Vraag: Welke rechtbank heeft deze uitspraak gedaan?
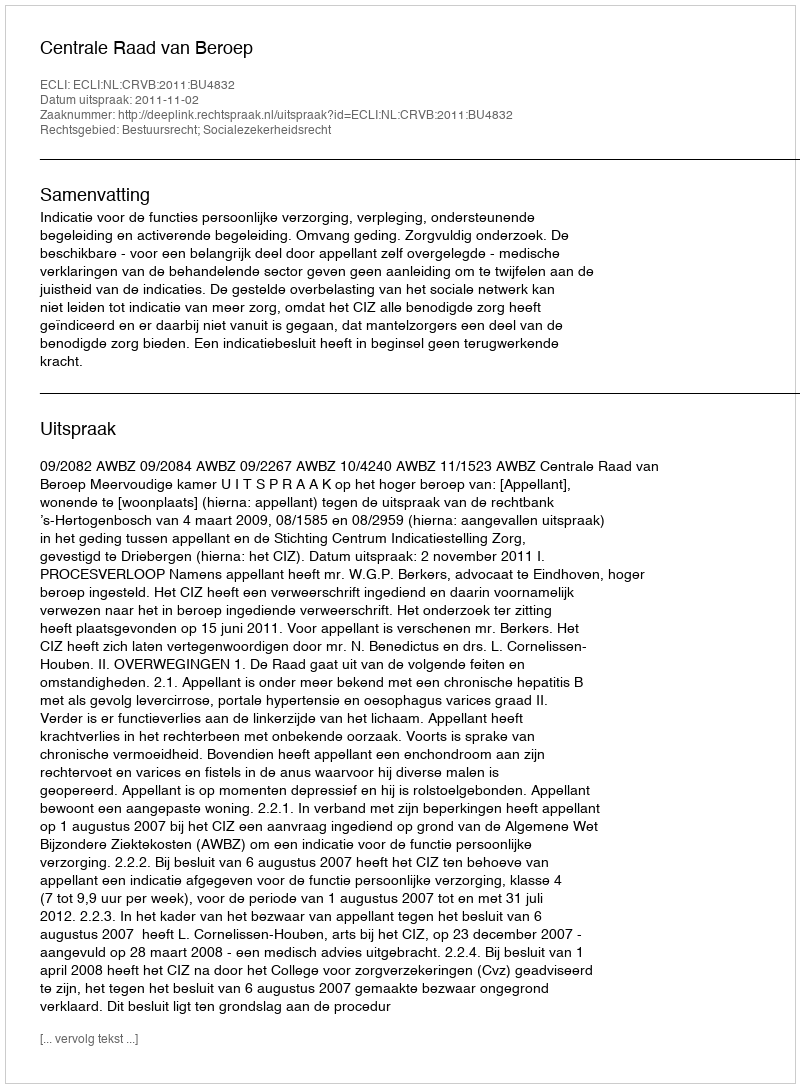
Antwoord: Centrale Raad van Beroep